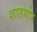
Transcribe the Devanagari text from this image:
शाहर्यार